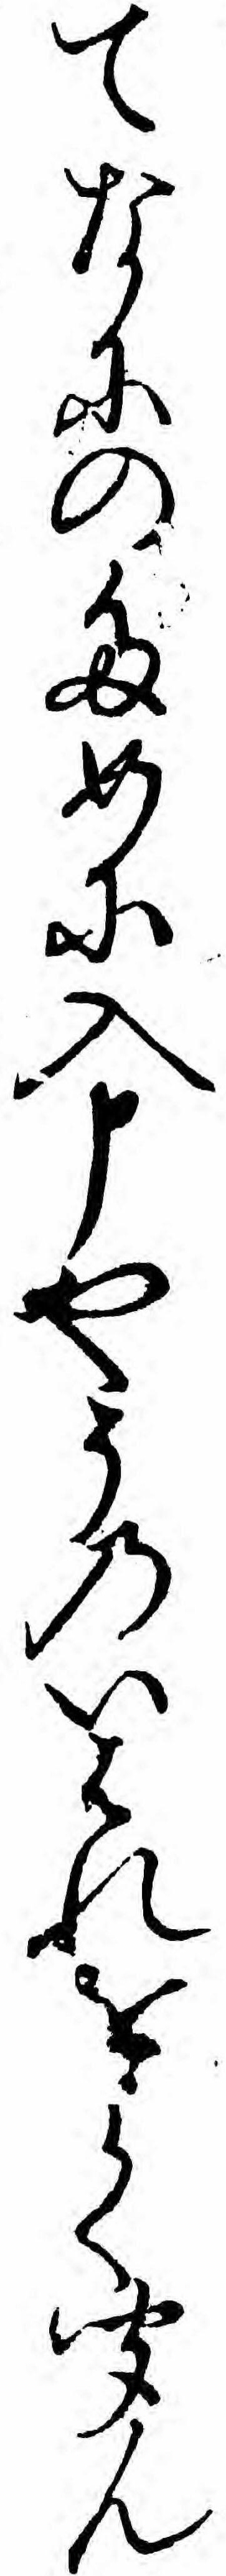
てなにのために入申やうのいはれをよく聞ん